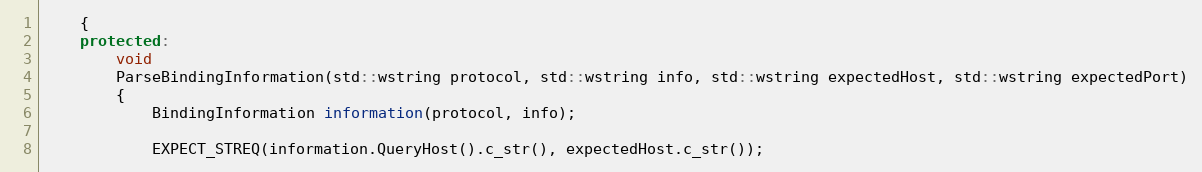
Language: C++
    {
    protected:
        void
        ParseBindingInformation(std::wstring protocol, std::wstring info, std::wstring expectedHost, std::wstring expectedPort)
        {
            BindingInformation information(protocol, info);

            EXPECT_STREQ(information.QueryHost().c_str(), expectedHost.c_str());